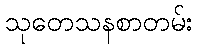
သုတေသနစာတမ်း